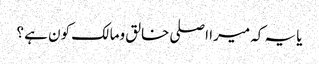
یا یہ کہ میرا اصلی خالق ومالک کون ہے ؟